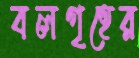
বলগৃহের